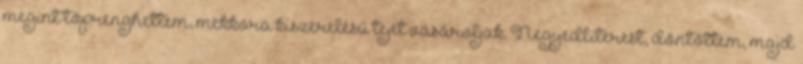
megint töprenghettem, mekkora kiszerelésű tejet vásároljak. Negyedliterest, döntöttem, majd